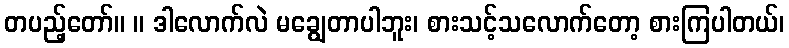
တပည့်တော်။ ။ ဒါလောက်လဲ မချွေတာပါဘူး၊ စားသင့်သလောက်တော့ စားကြပါတယ်၊